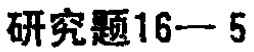
研究题16—5